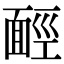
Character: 𩈡